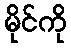
မိုင်ကို